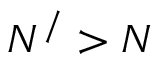
N ^ { / } > N